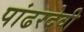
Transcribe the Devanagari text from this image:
पांढरदेवी